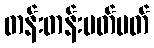
တန်းတန်းမတ်မတ်